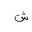
Letter: _shin